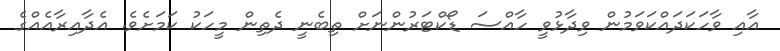
އާއި ވާހަކަދައްކަވަމުން ވިދާޅުވީ ހާއްސަ ޑޯކްޓަރުންނަށް ތިބެނީ ދެތިން މީހަކު ކަމަށެވެ. އެދާއިރާއެއްގެ